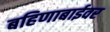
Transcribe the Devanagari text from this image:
बहिणाबाईवर